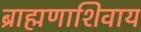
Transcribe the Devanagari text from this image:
ब्राह्मणाशिवाय